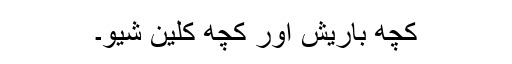
کچھ باریش اور کچھ کلین شیو۔